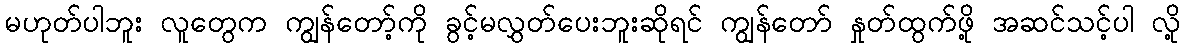
မဟုတ်ပါဘူး လူတွေက ကျွန်တော့်ကို ခွင့်မလွှတ်ပေးဘူးဆိုရင် ကျွန်တော် နှုတ်ထွက်ဖို့ အဆင်သင့်ပါ လို့